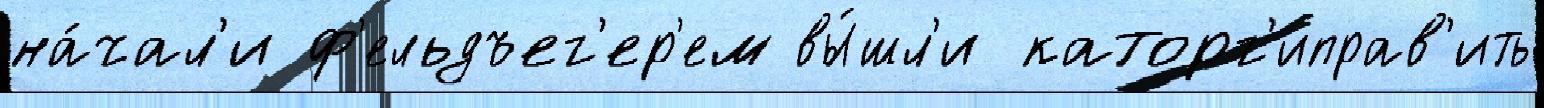
на́чал'и ф'ельдъег'ер'ем вы́шл'и каторг'иправ'ить